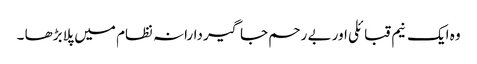
وہ ایک نیم قبائلی اور بے رحم جاگیردارانہ نظام میں پلا بڑھا ۔